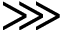
\ggg